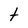
Character: t